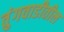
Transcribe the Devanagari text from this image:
तुंगवाडीतील